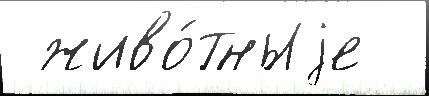
 живо́тныjе